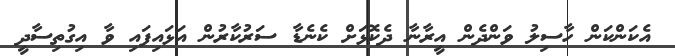
އެކަންކަން ހާސިލު ވަންދެން އީރާނާ ދެކޮޅަށް ކެނެޑާ ސަރުކާރުން އަޅައިފައި ވާ އިގުތިސާދީ